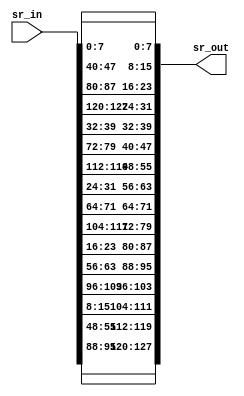
module shift_rows(    
    input wire [127:0] sr_in,
    output reg [127:0] sr_out
	);
	
	always @(*)begin
	  //Shift Rows
	    sr_out[7:0] = sr_in[7:0];
	    sr_out[15:8] = sr_in[47:40];
	    sr_out[23:16] = sr_in[87:80];
	    sr_out[31:24] = sr_in[127:120];
	
	    sr_out[39:32] = sr_in[39:32];
	    sr_out[47:40] = sr_in[79:72];
	    sr_out[55:48] = sr_in[119:112];
	    sr_out[63:56] = sr_in[31:24];
	
	    sr_out[71:64] = sr_in[71:64];
	    sr_out[79:72] = sr_in[111:104];
	    sr_out[87:80] = sr_in[23:16];
	    sr_out[95:88] = sr_in[63:56];
	
	    sr_out[103:96] = sr_in[103:96];
	    sr_out[111:104] = sr_in[15:8];
	    sr_out[119:112] = sr_in[55:48];
	    sr_out[127:120] = sr_in[95:88];

    end

endmodule